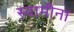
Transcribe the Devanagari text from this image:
स्वामीना